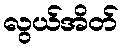
လွယ်အိတ်